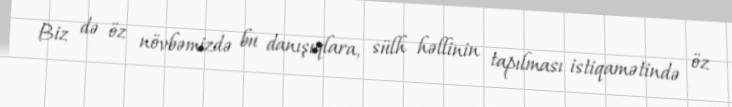
Biz də öz növbəmizdə bu danışıqlara, sülh həllinin tapılması istiqamətində öz